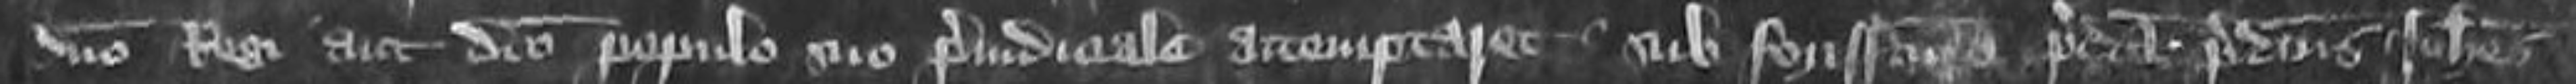
domino Regi aut dicto populo suo preiudiciale attemptaret sub forisfactura predictA predictus Johannes